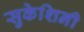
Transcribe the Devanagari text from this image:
सुकेशिनी